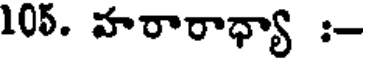
105. హరారాధ్యా :-